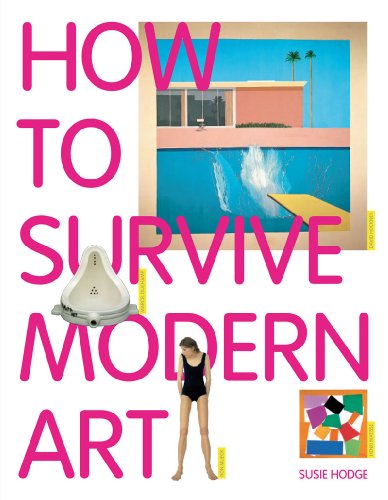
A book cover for How to Survive Modern Art; Susie Hodge; Teen & Young Adult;